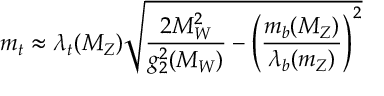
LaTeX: m _ { t } \approx \lambda _ { t } ( M _ { Z } ) \sqrt { { \frac { 2 M _ { W } ^ { 2 } } { g _ { 2 } ^ { 2 } ( M _ { W } ) } } - \left( { \frac { m _ { b } ( M _ { Z } ) } { \lambda _ { b } ( m _ { Z } ) } } \right) ^ { 2 } }